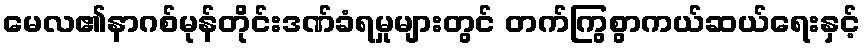
မေလ၏နာဂစ်မုန်တိုင်းဒဏ်ခံရမှုများတွင် တက်ကြွစွာကယ်ဆယ်ရေးနှင့်